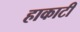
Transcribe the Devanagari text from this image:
हाकाटी